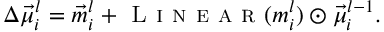
\Delta \vec { \mu } _ { i } ^ { l } = \Vec { m } _ { i } ^ { l } + \textsc { L i n e a r } ( m _ { i } ^ { l } ) \odot \vec { \mu } _ { i } ^ { l - 1 } .